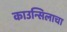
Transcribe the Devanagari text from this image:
काउन्सिलाचा